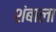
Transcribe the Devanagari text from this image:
शंबाला